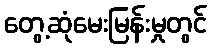
တွေ့ဆုံမေးမြန်းမှုတွင်